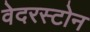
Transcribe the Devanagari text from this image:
वेदरस्‍टोन